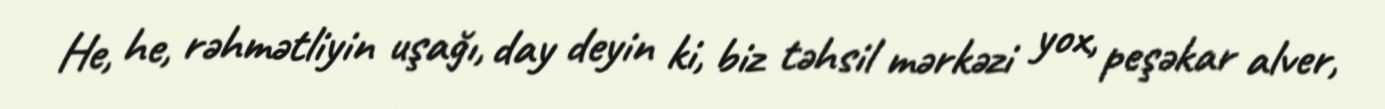
He, he, rəhmətliyin uşağı, day deyin ki, biz təhsil mərkəzi yox, peşəkar alver,